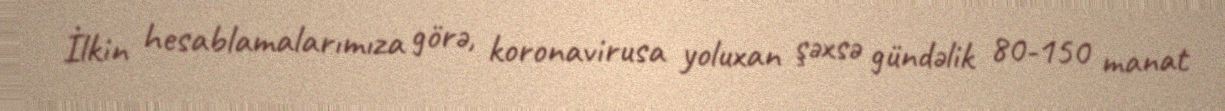
İlkin hesablamalarımıza görə, koronavirusa yoluxan şəxsə gündəlik 80-150 manat